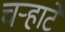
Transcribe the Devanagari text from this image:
चर्‍हाटे